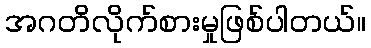
အဂတိလိုက်စားမှုဖြစ်ပါတယ်။